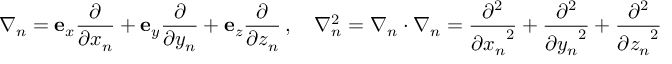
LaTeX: { \boldsymbol { \nabla } } _ { n } = \mathbf { e } _ { x } { \frac { \partial } { \partial x _ { n } } } + \mathbf { e } _ { y } { \frac { \partial } { \partial y _ { n } } } + \mathbf { e } _ { z } { \frac { \partial } { \partial z _ { n } } } \, , \quad \nabla _ { n } ^ { 2 } = { \boldsymbol { \nabla } } _ { n } \cdot { \boldsymbol { \nabla } } _ { n } = { \frac { \partial ^ { 2 } } { { \partial x _ { n } } ^ { 2 } } } + { \frac { \partial ^ { 2 } } { { \partial y _ { n } } ^ { 2 } } } + { \frac { \partial ^ { 2 } } { { \partial z _ { n } } ^ { 2 } } }